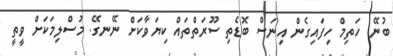
ބުނޭ. ހަތިމް ހިފައިގެން އިނަސް ބޮޑެތި ސޫރަތްތައް ކިޔަވާކަށް ނޭނގޭ. މުސްލިމަކަށް ވީތީ